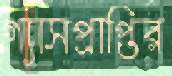
গ্যাসপ্রাপ্তির